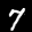
Label: 7